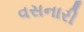
વસનારી